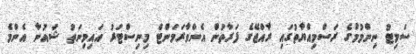
ސަމިޓު ނިންމުމުގެ ރަސްމިއްޔާތުގައި ރާއްޖޭގެ ފަރާތުން އެންވާރަމަންޓް މިނިސްޓަރު އައިމިނަތު ޝައުނާ އެންމެ